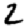
Digit: 2